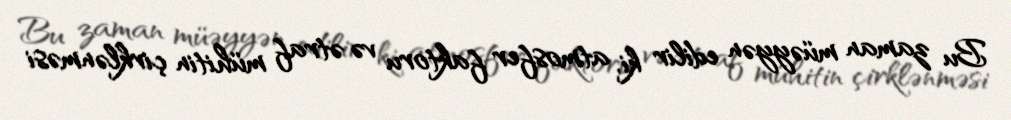
Bu zaman müəyyən edilir ki, atmosfer faktoru və ətraf mühitin çirklənməsi